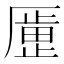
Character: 𫨞